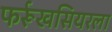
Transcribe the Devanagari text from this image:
फर्रूखसियरला